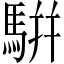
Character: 騈